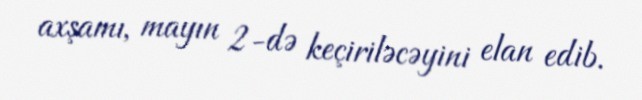
axşamı, mayın 2-də keçiriləcəyini elan edib.